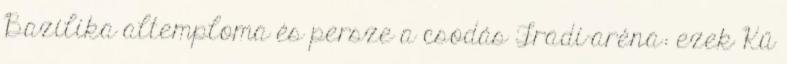
Bazilika altemploma és persze a csodás Fradi-aréna: ezek Kű